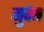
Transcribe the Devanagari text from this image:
गुवेन